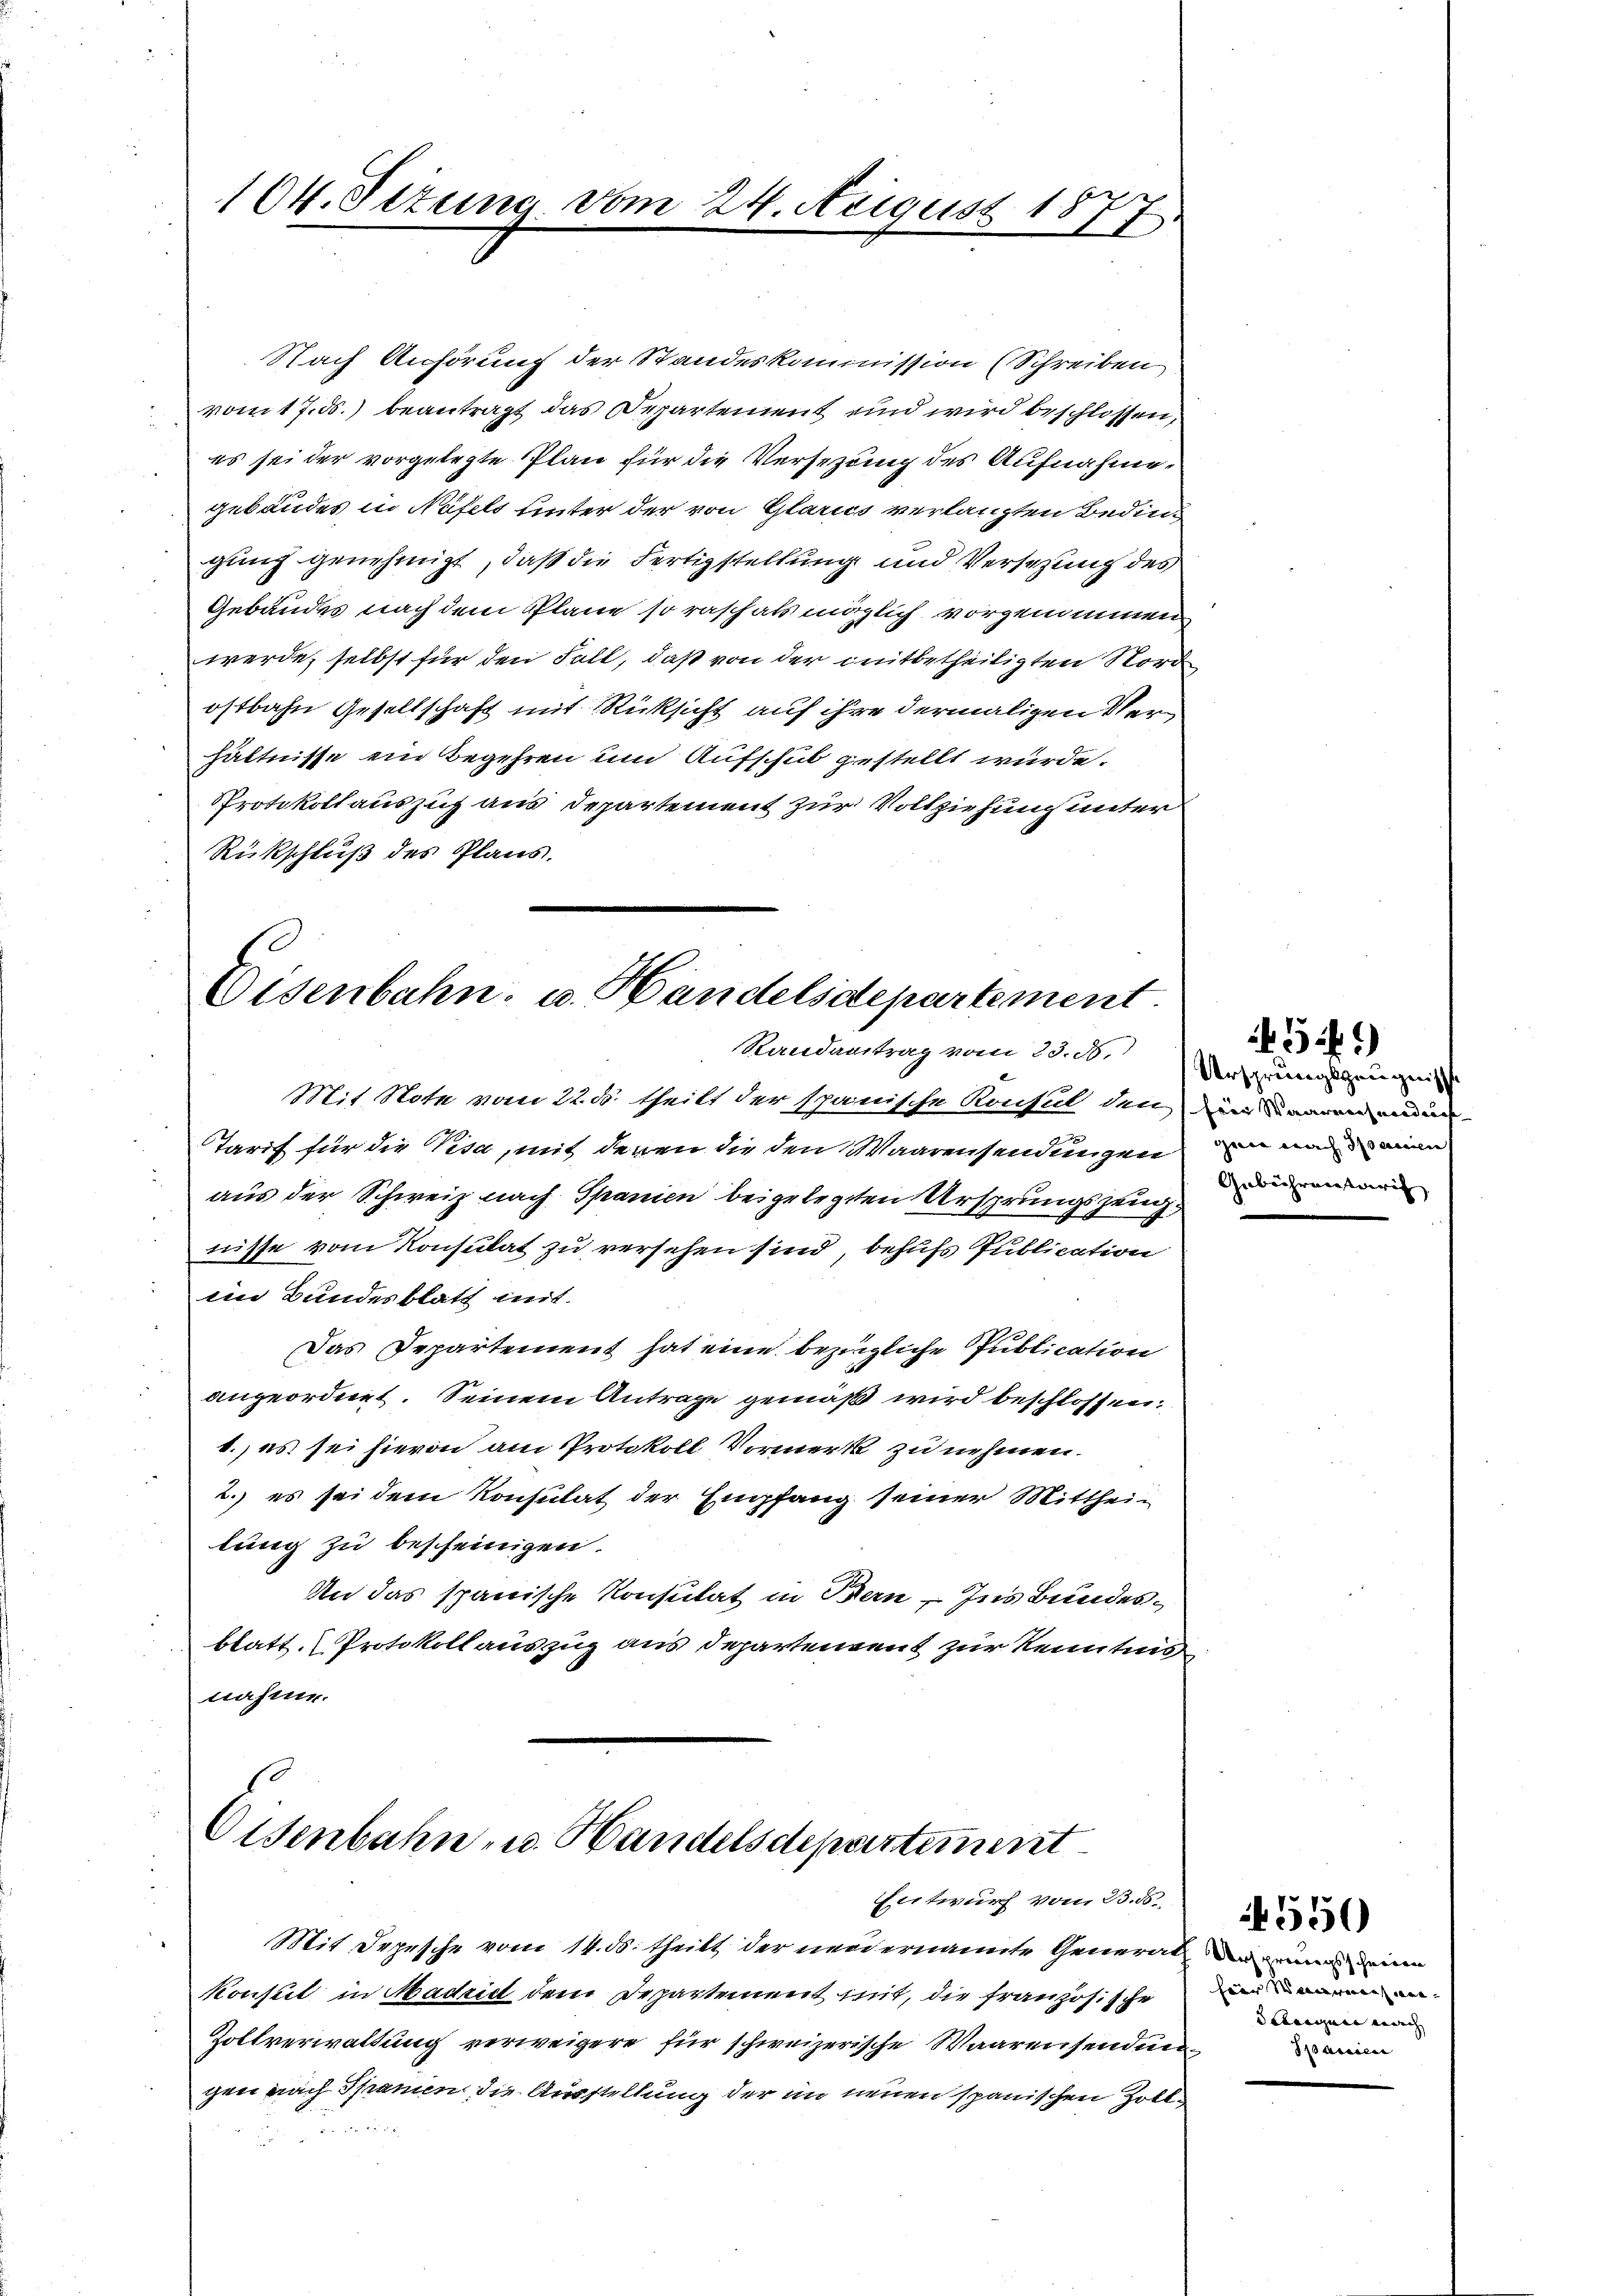
104. Sizung vom 24. August 1877.

Nach Anhörung der Standeskommission (Schreiben
vom 17. ds. beantragt das Departement und wird beschlossen,
es sei der vorgelegte Plan für die Versezung des Aufnahme,
gebäudes in Näfels unter der von Glarus verlangten Beding
gung genehmigt, daß die Fertigstellung und Versezung des
Gebäudes nach dem Plane so rasch als möglich vorgenommen
werde, selbst für den Fall, daß von der mitbetheiligten Nord
ostbahn Gesellschaft mit Rücksicht auf ihre dermaligen Verhältnisse ein Begehren um Aufschub gestellt würde.
Protokollauszug aus Departement zur Vollziehung unter
Rückschluß des Plans.

Eisenbahn. v. Handelsdepartement
Randentrag vom 30. d. Ursprungszeugnis

Mit Note vom 22. ds. theilt der spanische Konsul den der waren einen

Tarif für die Visa, mit deren die den Waarensendungen in man man
aus der Schweiz nach Spanien beigelegten Ursprungszeug
tüsse vom Konsulat zu versehen sind, behufs Publication
eim Bundesblatt mit
Das Departement hat eine bezügliche Publication
angeordnet. Seinem Antrage gemäß wird beschlossen:
b., es sei hievon am Protokoll Vormerk zu nehmen.
2. es sei dem Konsulat der Empfang seiner Mitthei-
lung zu bescheinigen.
An das spanische Konsulat in Bern, Ins Bundesblatt, Protokoll auszug aus Departement zur Kenntnis
nahme.

Eisenbahn- u. Handelsdepartement
Entwurf vom 23. d.

Gebührentari

Mit Depesche vom 14. ds. theilt der neu ernannte Generatur einer deine
Konseit in Madritt dem Departement mit, die französische
Zollverwaltung verweigere für schweizerische Waarensenden
gen nach Spanien die Ausstellung der im neuen spanischen Zollc

51)

hier Waaren wer- |
Schreinen nach |
Spanien